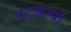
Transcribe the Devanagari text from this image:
तटबन्धों